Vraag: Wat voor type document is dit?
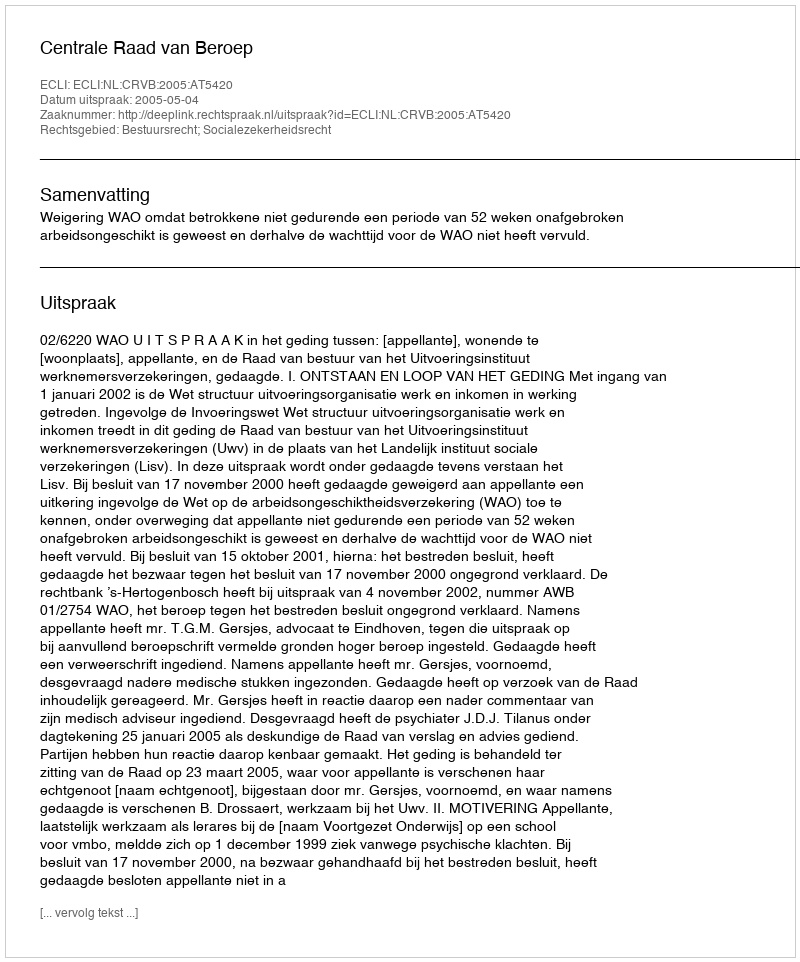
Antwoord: Uitspraak